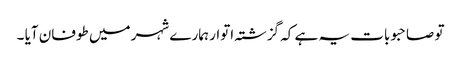
تو صاحبو بات یہ ہے کہ گزشتہ اتوار ہمارے شہر میں طوفان آیا ۔